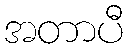
အတာပီ